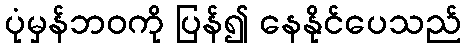
ပုံမှန်ဘဝကို ပြန်၍ နေနိုင်ပေသည်